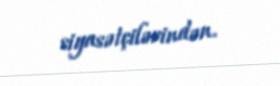
siyasətçilərindən.